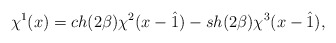
\begin{align*}\chi^1(x)=ch(2\beta)\chi^2(x-\hat{1}) -sh(2\beta)\chi^3(x-\hat{1}),\end{align*}